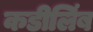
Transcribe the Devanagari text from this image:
कडीलिंब